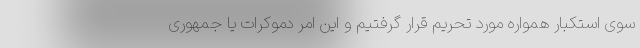
سوی استکبار همواره مورد تحریم قرار گرفتیم و این امر دموکرات یا جمهوری